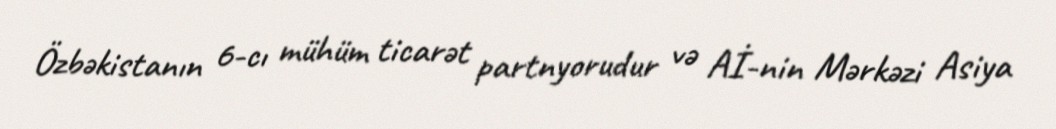
Özbəkistanın 6-cı mühüm ticarət partnyorudur və Aİ-nin Mərkəzi Asiya